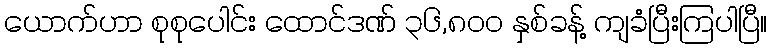
ယောက်ဟာ စုစုပေါင်း ထောင်ဒဏ် ၃၆,၈၀၀ နှစ်ခန့် ကျခံပြီးကြပါပြီ။